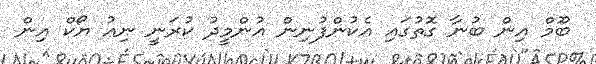
ބޫމް އިން ބުނާ ގޮތުގައި އެކުންފުނިން އުންމީދު ކުރަނީ ނިއު ޔޯކް އިން